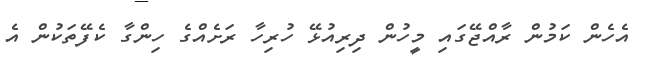
އެހެން ކަމުން ރާއްޖޭގައި މީހުން ދިރިއުޅޭ ހުރިހާ ރަށެއްގެ ހިންގާ ކެފޭތަކުން އެ